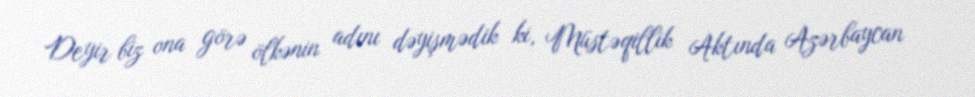
Deyir biz ona görə ölkənin adını dəyişmədik ki, Müstəqillik Aktında Azərbaycan